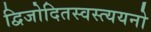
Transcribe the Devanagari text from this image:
द्विजोदितस्वस्त्ययनो